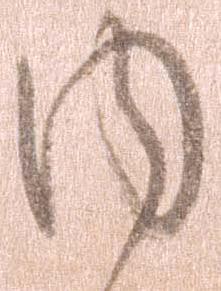
内